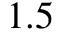
1 . 5